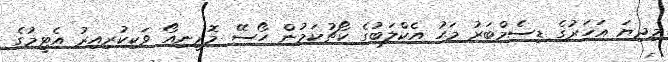
މިދިޔަ އަހަރުގެ ޑިސެމްބަރު މަހު އެކްލަބުގެ ކޯޗުކަމުން ހޯސޭ މޮރީނިއޯ ވަކިކުރިއިރު އެޓީމުގެ